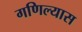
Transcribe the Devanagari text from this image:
गणिल्यास